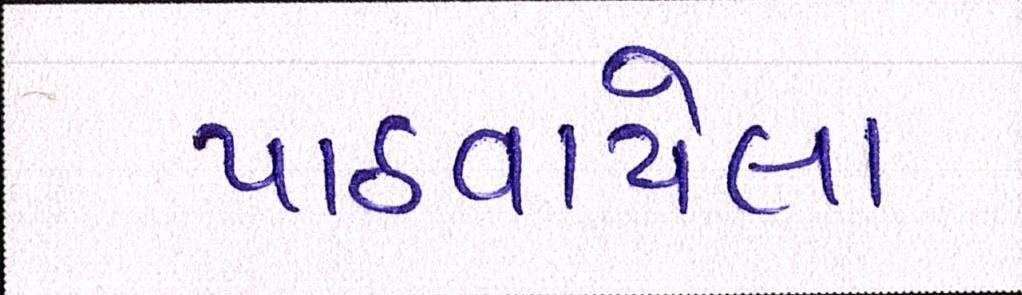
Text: પાઠવાયેલા